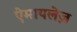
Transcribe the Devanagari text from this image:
ऐमायलेज़